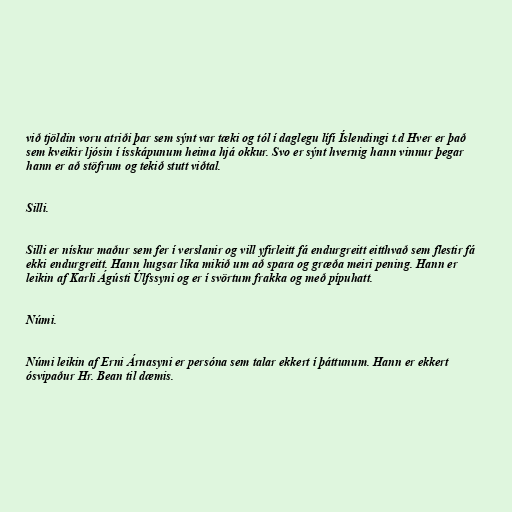
við tjöldin voru atriði þar sem sýnt var tæki og tól í daglegu lífi Íslendingi t.d Hver er það
sem kveikir ljósin í ísskápunum heima hjá okkur. Svo er sýnt hvernig hann vinnur þegar
hann er að stöfrum og tekið stutt viðtal.

Silli.

Silli er nískur maður sem fer í verslanir og vill yfirleitt fá endurgreitt eitthvað sem flestir fá
ekki endurgreitt. Hann hugsar líka mikið um að spara og græða meiri pening. Hann er
leikin af Karli Ágústi Úlfssyni og er í svörtum frakka og með pípuhatt.

Númi.

Númi leikin af Erni Árnasyni er persóna sem talar ekkert í þáttunum. Hann er ekkert
ósvipaður Hr. Bean til dæmis.